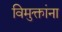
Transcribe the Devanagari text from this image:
विमुक्तांना